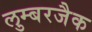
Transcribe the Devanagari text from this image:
लुम्बरजैक